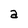
Character: a